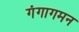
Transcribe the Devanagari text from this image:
गंगागमन